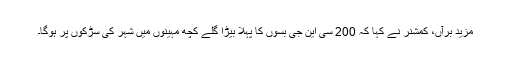
مزید برآں، کمشنر نے کہا کہ 200 سی این جی بسوں کا پہلا بیڑا گلے کچھ مہینوں میں شہر کی سڑکوں پر ہوگا۔